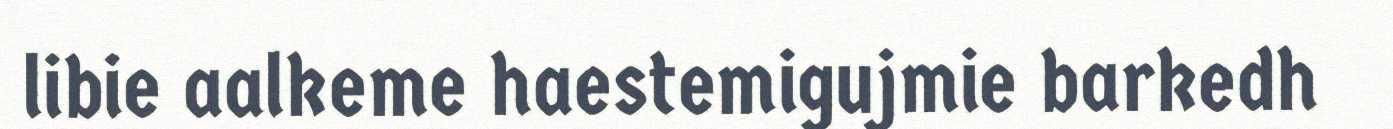
libie aalkeme haestemigujmie barkedh